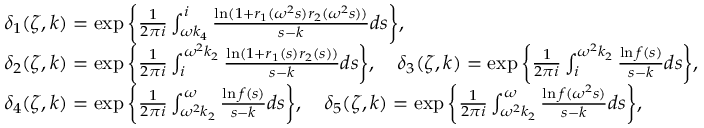
\begin{array} { r l } & { \delta _ { 1 } ( \zeta , k ) = \exp \bigg \{ \frac { 1 } { 2 \pi i } \int _ { \omega k _ { 4 } } ^ { i } \frac { \ln ( 1 + r _ { 1 } ( \omega ^ { 2 } s ) r _ { 2 } ( \omega ^ { 2 } s ) ) } { s - k } d s \bigg \} , } \\ & { \delta _ { 2 } ( \zeta , k ) = \exp \bigg \{ \frac { 1 } { 2 \pi i } \int _ { i } ^ { \omega ^ { 2 } k _ { 2 } } \frac { \ln ( 1 + r _ { 1 } ( s ) r _ { 2 } ( s ) ) } { s - k } d s \bigg \} , \quad \delta _ { 3 } ( \zeta , k ) = \exp \bigg \{ \frac { 1 } { 2 \pi i } \int _ { i } ^ { \omega ^ { 2 } k _ { 2 } } \frac { \ln f ( s ) } { s - k } d s \bigg \} , } \\ & { \delta _ { 4 } ( \zeta , k ) = \exp \bigg \{ \frac { 1 } { 2 \pi i } \int _ { \omega ^ { 2 } k _ { 2 } } ^ { \omega } \frac { \ln f ( s ) } { s - k } d s \bigg \} , \quad \delta _ { 5 } ( \zeta , k ) = \exp \bigg \{ \frac { 1 } { 2 \pi i } \int _ { \omega ^ { 2 } k _ { 2 } } ^ { \omega } \frac { \ln f ( \omega ^ { 2 } s ) } { s - k } d s \bigg \} , } \end{array}